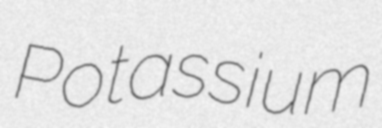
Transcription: Potassium